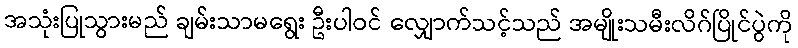
အသုံးပြုသွားမည် ချမ်းသာမရွေး ဦးပါဝင် လျှောက်သင့်သည် အမျိုးသမီးလိဂ်ပြိုင်ပွဲကို